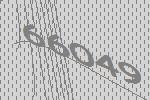
66049